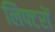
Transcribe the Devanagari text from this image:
लिफ्टरों